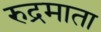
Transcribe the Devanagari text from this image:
रुद्रमाता